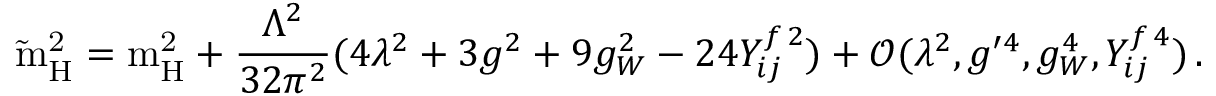
\mathrm { \tilde { m } _ { H } ^ { 2 } = m _ { \mathrm { H } } ^ { 2 } } + \frac { \Lambda ^ { 2 } } { 3 2 \pi ^ { 2 } } ( 4 \lambda ^ { 2 } + 3 g ^ { 2 } + 9 g _ { W } ^ { 2 } - 2 4 Y _ { i j } ^ { f \, 2 } ) + \mathcal { O } ( \lambda ^ { 2 } , g ^ { \prime 4 } , g _ { W } ^ { 4 } , Y _ { i j } ^ { f \, 4 } ) \, .